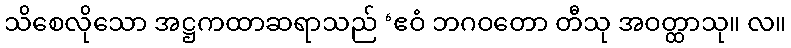
သိစေလိုသော အဋ္ဌကထာဆရာသည် ‘ဧဝံ ဘဂဝတော တီသု အဝတ္ထာသု။ လ။